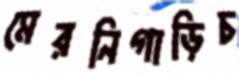
মেরনিগাড়িচ